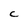
Character: C